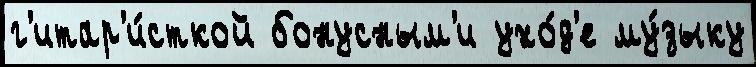
г'итар'и́сткой бонусным'и ухо́д'е му́зыку